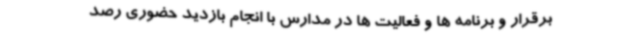
برقرار و برنامه ها و فعالیت ها در مدارس با انجام بازدید حضوری رصد